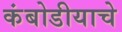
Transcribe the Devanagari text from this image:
कंबोडीयाचे